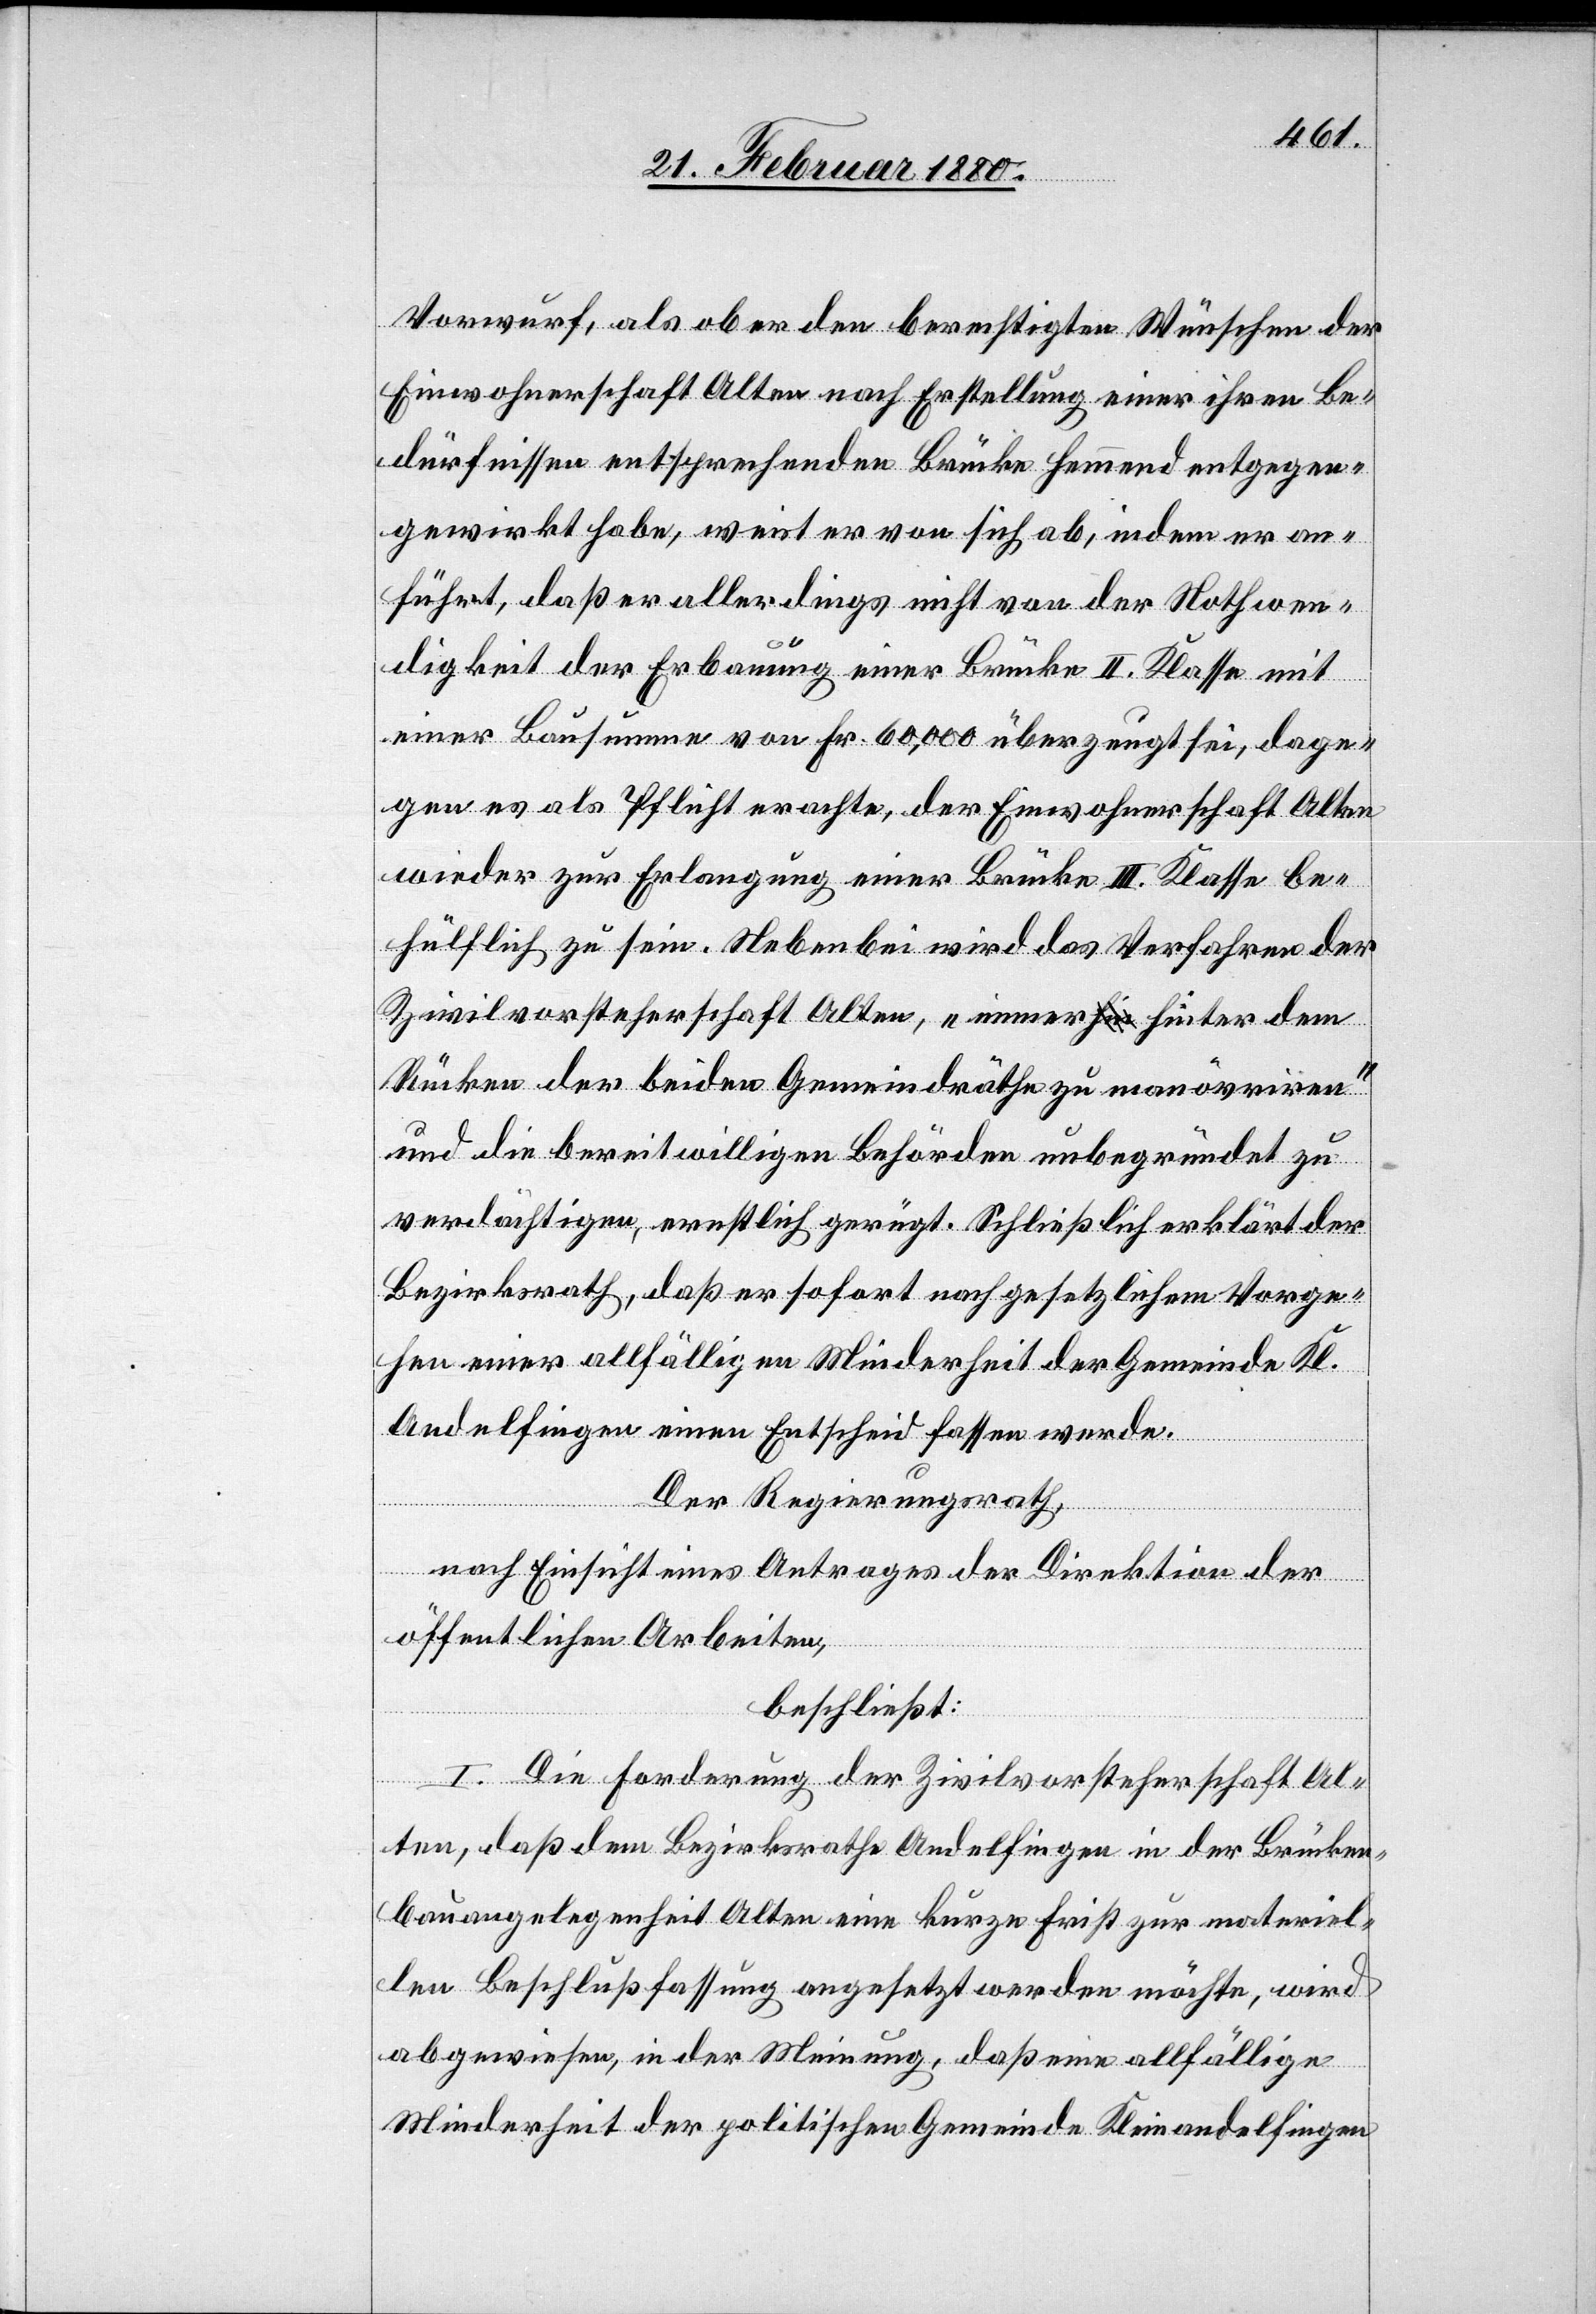
Vorwurf, als ob er den berechtigten Wünschen der
Einwohnerschaft Olten nach Erstellung einer ihren Be¬
dürfnissen entsprechenden Brücke hemmend entgegen¬
gewirkt habe, weist er von sich ab, indem er an¬
führt, daß er allerdings nicht von der Nothwen¬
digkeit der Erbauung einer Brücke II. Klasse [sic!]
einer Bausumme von Fr. 60, 000 überzeugt sei, dage¬
gen es als Pflicht erachte, der Einwohnerschaft Olten
wieder zur Erlangung einer Brücke III. Klasse be¬
hülflich zu sein. Nebenbei wird das Verfahren der
Zivilvorsteherschaft Olten, „immer hinter dem
Rücken der beiden Gemeindräthe zu manövriren“
und die bereitwilligen Behörden unbegründet zu
verdächtigen, ernstlich gerügt. Schließlich erklärt der
Bezirksrath, daß er sofort nach gesetzlichem Vorge¬
hen einer allfälligen Minderheit der Gemeinde Kl.
Andelfingen einen Entscheid fassen werde.
Der Regierungsrath,
nach Einsicht eines Antrages der Direktion der
öffentlichen Arbeiten,
beschließt:
I. Die Forderung der Zivilvorsteherschaft Ol¬
ten, daß dem Bezirksrathe Andelfingen in der Brücken¬
bauangelegenheit Olten eine kurze Frist zur materiel¬
len Beschlußfassung angesetzt werden möchte, wird
abgewiesen, in der Meinung, daß eine allfällige
Minderheit der politischen Gemeinde Kleinandelfingen